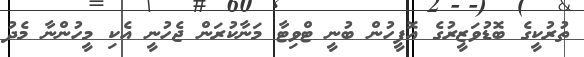
ތުރުކީގެ ބޮޑުވަޒީރުގެ އޮފީހުން ބުނީ ޓްވިޓާ މަނާކުރަން ޖެހުނީ އެކި މީހުންނާ މެދު